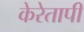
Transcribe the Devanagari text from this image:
केरेतापी